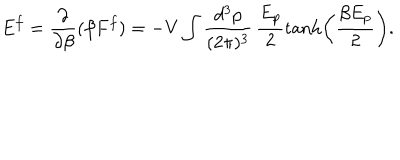
E ^ { f } = \frac { \partial } { \partial \beta } ( \beta F ^ { f } ) = - V \int \frac { d ^ { 3 } p } { ( 2 \pi ) ^ { 3 } } \, \frac { E _ { p } } { 2 } \tanh \left( \frac { \beta E _ { p } } { 2 } \right) .